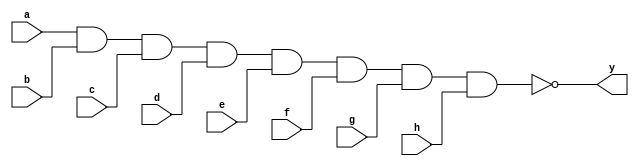
`timescale 1ns / 1ps
/////////////////////////////////////////////////////////////////
// Module Name: one_8_input_nand_gate
// Description: A 8-input NAND gate with DELAY configuration parameter
// Parameters: DELAY
/////////////////////////////////////////////////////////////////

module one_8_input_nand_gate #(parameter DELAY = 10)(
    input wire a,b,c,d,e,f,g,h,
    output wire y
    );
    
    nand #DELAY (y,a,b,c,d,e,f,g,h);
    
endmodule